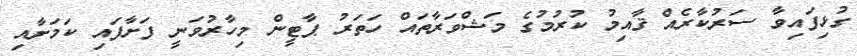
ގުޅިފައިވާ ސަރުކާރެއް ޤާއިމު ކުރުމުގެ މަޝްވަރާތައް ހަތަރު ޕާޓީން މިހާރުވަނީ ފަށާފައި ކަމަށާއި